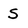
Character: S